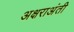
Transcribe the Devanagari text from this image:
अक्षराअंती